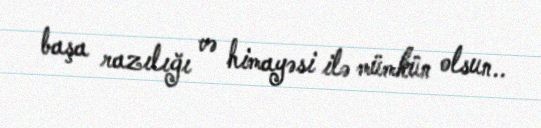
başa razılığı və himayəsi ilə mümkün olsun..